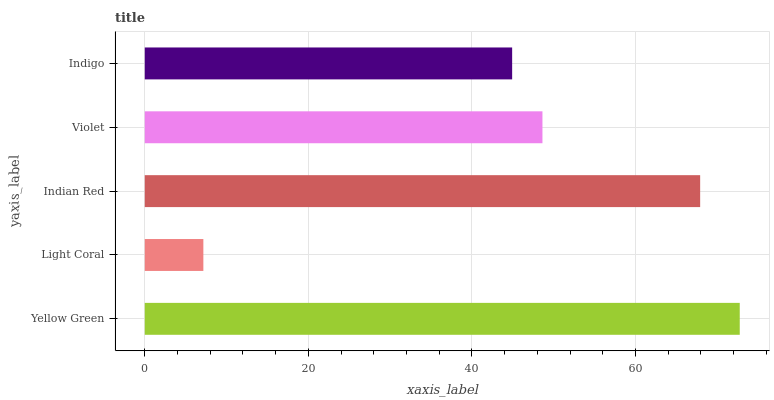
| yaxis_label | bars |
 | --- | --- |
 | Yellow Green | 72.7 |
 | Light Coral | 7.16 |
 | Indian Red | 67.9 |
 | Violet | 48.6 |
 | Indigo | 44.9 |